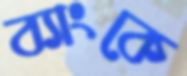
ব্যাংকে